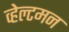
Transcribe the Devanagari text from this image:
व्हेल्टमन